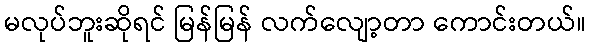
မလုပ်ဘူးဆိုရင် မြန်မြန် လက်လျော့တာ ကောင်းတယ်။